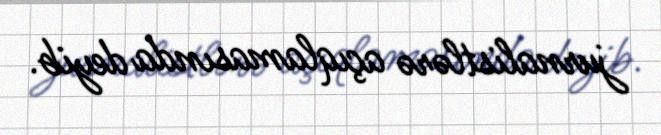
jurnalistlərə açıqlamasında deyib.